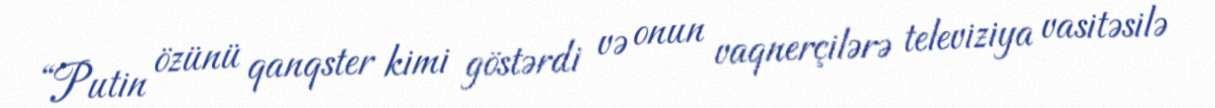
“Putin özünü qanqster kimi göstərdi və onun vaqnerçilərə televiziya vasitəsilə